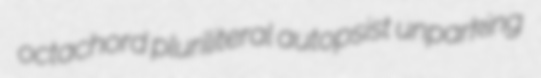
octachord pluriliteral autopsist unparking